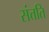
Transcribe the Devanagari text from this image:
संत्तति